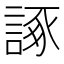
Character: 諑